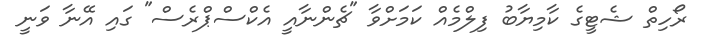
ރޯހިތް ޝެޓީގެ ކާމިޔާބު ފިލްމެއް ކަމަށްވާ "ޗެންނާއީ އެކްސްޕްރެސް" ގައި އޭނާ ވަނީ